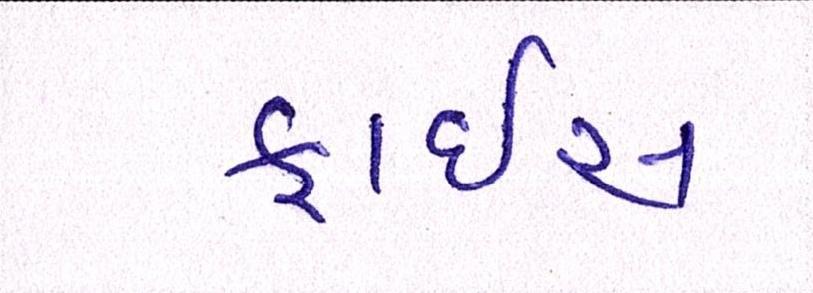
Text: ફ્રાઇસ